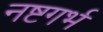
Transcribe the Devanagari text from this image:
नष्टगर्भ